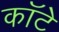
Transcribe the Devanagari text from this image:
कॉटे